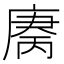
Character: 𫷻